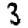
Digit: 3